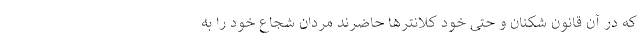
که در آن قانون شکنان و حتی خود کلانترها حاضرند مردان شجاع خود را به